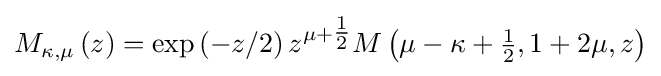
M_{\kappa ,\mu }\left(z\right)=\exp \left(-z/2\right)z^{\mu +{\tfrac {1}{2}}}M\left(\mu -\kappa +{\tfrac {1}{2}},1+2\mu ,z\right)